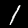
Label: 1